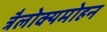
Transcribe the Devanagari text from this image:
त्रैलोक्यमोहन